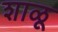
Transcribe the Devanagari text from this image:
शाळू